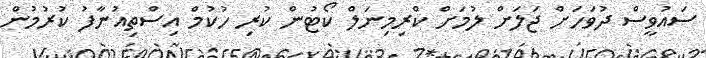
ސައުވީސް ދުވަހަށް ޖަލަށް ލުމަށް ކްރިމިނަލް ކޯޓުން ކުރި ހުކުމް އިސްތިއުނާފު ކުރުމުން